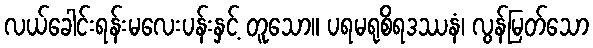
လယ်ခေါင်းရန်းမလေးပန်းနှင့် တူသော။ ပရမရုစိရဒဿနံ၊ လွန်မြတ်သော